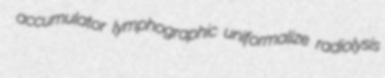
accumulator lymphographic uniformalize radiolysis